Lunatic asylums Punjab 1868-1880 - 1868-1880
Year: 1868
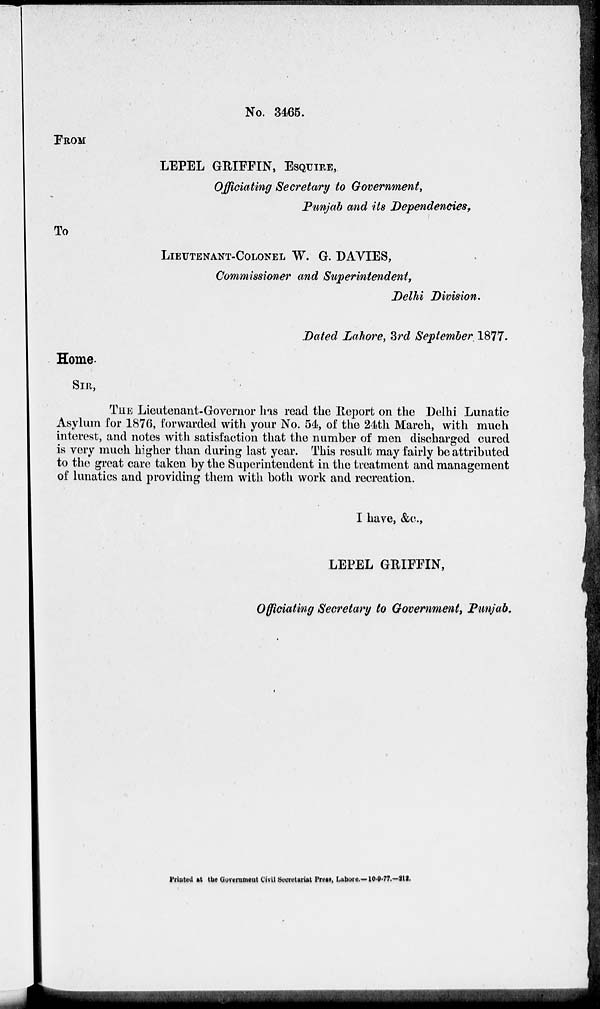
No. 3465.
FROM
LEPEL GRIFFIN, ESQUIRE,
Officiating Secretary to Government,
Punjab and its Dependencies,
To
LIEUTENANT-COLONEL W. G. DAVIES,
Commissioner and Supermtendent,
Delhi Division.
Dated Lahore, 3rd September 1877.
Home.
SIR,
THE Lieutenant-Governor has read the Report on the Delhi Lunatic
Asylum for 1876, forwarded with your No. 54, of the 24th March, with much
interest, and notes with satisfaction that the number of men discharged cured
is very much higher than during last year. This result may fairly be attributed
to the great care taken by the Superintendent in the treatment and management
of lunatics and providing them with both work and recreation.
I have, &c.,
LEPEL GRIFFIN,
Officiating Secretary to Government, Punjab.
Printed at the Government Civil Secretariat Press, Lahore.-10-9-77.-212.